Vital statistics of India. Vol. IV, Annual returns from 1871 to 1876. British Army of India, Native Army and jails of Bengal
Year: 1871
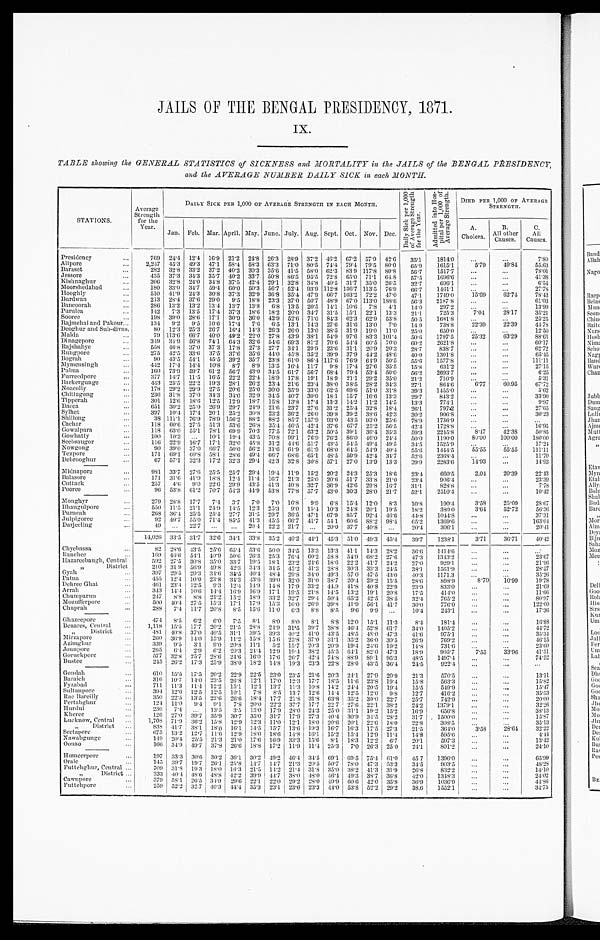
JAILS OF THE BENGAL PRESIDENCY, 1871.
Ix.
TABLE showing the GENERAL STATISTICS of SICKNESS and MORTALITY in the JAILS of the BENGAL PRESIDENCY,
and the AVERAGE NUMBER DAILY SICK in each MONTH.
STATIONS.
A v e r a g e S t r e n g t h f o r t h e y e a r .
D A I L Y S I C K P E R 1 , 0 0 0 O F A V E R A G E S T R E N G T H I N E A C H M O N T H .
D a i l y S i c k p e r 1 , 0 0 0 o f A v e r a g e S t r e n g t h f o r t h e Y e a r .
A d m i t t e d i n t o H o s p i t a l p e r 1 , 0 0 0 o f A v e r a g e S t r e n g t h .
DIED PER 1,OOO OF AVERAGE STRENGTH.
J a n .Feb. Mar. April.May.
June.
July.
A u g .
Sept.
O c t .Nov. Dec.
A.
cholera.
B.
A l l o t h e r C a u s e s .
C.
Causes.
Presidency
. . .
7 6 9
2 4 . 4
12.4 16.9 21.2 24.8 26.3
2 8 . 9
3 7 . 2
4 6 . 2
6 7 . 2
57.9 42.6 35.1
1 8 1 4 . 0
. . .
. . .
7.80
Alipore
. . .
2 , 2 4 7
4 5 . 3
49.3 47.1 58.4 58.3 63.3
7 1 . 0
8 0 . 5
7 4 . 4
7 9 . 4
79.5 80.0 65.9
1 6 1 5 . 1
5 . 7 9
4 9 . 8 4
55.63
Baraset
. . .
2 8 2
3 2 . 8
33.2 37.2 40.2 30.3 35.6
4 1 . 5
5 8 . 0
6 2 . 3
8 3 . 9
117.8 80.8 56.7
1 5 1 7 7
. . .
. . .
78.01
Jessore
. . .
4 3 5
3 7 . 3
34.3 35.7 40.2 33.7 50.8
8 6 . 5
9 5 . 5
7 2 . 8
6 5 . 0
71.1 64.8 57.5
1 6 9 6 . 6
. . .
. . .
41.38
Kishnaghur
. . .
3 0 6
3 2 . 8
24.0 34.8 37.5 42.4 29.1
3 2 . 8
3 4 . 8
4 0 . 5
3 1 . 7
35.0 26.5 32.7
6 9 6 . 1
. . .
. . .
6.54
Moorshedabad
. . .
1 8 0
3 3 . 0
34.7 59.4 60.0 50.3 56.7
5 2 . 4
9 3 . 9
1 1 2 . 8
1 3 6 . 7
113.5 76.9 66.7
1 4 6 1 . 1
. . .
. . .
27.78
Hooghly
. . .
5 1 0
4 1 . 9
24.3 30.8 37.3 32.9 36.8
3 5 . 4
4 7 . 9
6 6 . 7
1 0 3 . 2
72.2 47.0 47.1
1 7 4 9 . 0
1 5 . 6 9
6 2 . 4 7
78.43
Burdwan
. . .
2 1 3
2 8 . 4
37.6 29.0 9.5
18.8 23.3
3 7 . 0
5 0 . 7
4 8 . 9
6 7 . 0
113.0 188.6 56.3
2 1 8 7 . 8
. . .
. . .
61.03
Bancoorah
. . .
2 8 6
1 3 . 2
13.2 13.4 13.7 13.8 6.8
1 3 . 5
2 0 . 5
1 4 . 1
1 0 . 6
7.8 4.1
14.0
2 0 7 . 2
. . .
. . .
13.99
purulea
. . .
1 4 2
7 . 3
13.5 17.4 37.3 18.6 18.2
2 0 . 0
3 4 . 7
3 1 . 5
1 5 . 1
22.1 13.3 21.1
7 2 5 . 3
7 . 0 4
2 8 . 1 7
35.21
Sooree
. . .
1 9 8
3 9 . 0
28.6 17.1 30.9 36.0 42.9
5 2 . 6
7 1 . 0
8 4 . 3
6 2 . 3
62.9 53.8 50.5
1 6 8 1 . 8
. . .
. . .
25.25
Rajmchal and Pakour ...
1 3 4
9 . 2
9.5
10.6 17.4 7.6 6.5
1 3 . 1
1 4 . 3
2 4 . 6
3 1 . 6
13.0 7.0
14.9
7 3 8 . 8
2 2 . 3 9
2 2 . 3 9
44.78
Degohur and Sub-divns.
8 0
1 2 . 3
25.3 26.7 16.4 14.3 26.3
2 6 . 0
1 3 . 0
3 8 . 5
3 1 . 9
19.0 11.0 25.0
6 5 0 . 0
. . .
. . .
12.50
Malda
. . .
7 9
1 1 3 . 6
66.7 40.0 49.2 22.0 27.8
4 3 . 9
3 8 . 1
5 4 . 9
9 7 . 6
83.3 101.4 50.6
1 7 9 7 . 5
2 5 . 3 2
6 3 . 2 9
88.61
dingepore
. . .
3 4 9
3 4 . 9
56.8 74.1 64.3 32.6 54.6
6 9 . 3
8 1 . 2
7 0 . 6
5 4 . 4
60.5 70.0 60.2
2 6 2 1 . 8
. . .
. . .
60.17
Rajshahye
. . .
5 5 8
4 6 . 8
37.0 37.3 17.8 27.3 27.7
3 4 . 1
2 9 . 9
2 3 . 6
3 1 . 1
20.9 20.3 28.7
8 3 8 . 7
. . .
. . .
62.72
Rungpore
. . .
2 7 5
4 2 . 5
33.6 37.5 37.6 35.6 44.0
4 5 . 8
3 5 . 2
3 9 . 9
3 7 . 9
44.2 48.6 40.0
1 3 0 1 . 8
. . .
. . .
65.45
Bograh
. . .
9 0
4 3 . 5
54.1 45.5 39.2 35.7 23.8
6 1 . 0
8 6 . 4
1 1 7 . 6
7 6 . 9
64.9 50.5 55.6
1 5 7 7 . 8
. . .
. . .
111.11
Mymensigh
. . .
4 4 2
1 7 . 4
14.4 10.8 8.7
8.9 13.5
1 6 . 4
1 1 . 7
9 . 8
1 7 . 4
27.6 35.5 15.8
6 3 1 . 2
. . .
. . .
27.15
Pubna
. . .
1 6 0
7 3 . 9
59.7 61.2 56.7 43.0 34.5
6 1 . 7
5 6 . 7
6 8 . 4
7 9 . 4
53.4 50.0 56.2
2 6 9 3 . 7
. . .
. . .
6.25
Furreedpore
. . .
3 7 7
1 4 . 7
11.5 16.5 22.2 22.4 18.9
1 7 . 8
1 9 . 1
1 8 . 9
2 1 . 1
29.2 35.0 21.2
7 1 0 . 9
. . .
. . .
5.31
Backergunge
. . .
4 4 3
2 5 . 5
22.2 19.3 28.1 26.2 23.4
2 1 . 6
2 3 . 4
3 8 . 0
3 8 . 5
28.2 34.3 27.1
8 6 4 . 6
6 . 7 7
6 0 . 9 5
67.72
Noacolly
. . .
1 7 8
2 0 . 2
29.9 275 20.6 25.0 30.0
3 5 . 9
3 3 . 0
6 2 . 5
6 9 . 6
51.0 31.8 39.3
1 4 5 5 . 0
. . .
. . .
5.62
Chittagong
. . .
2 3 6
3 1 . 8
37.0 34.3 34.0 32.9 34.5
4 0 . 7
3 0 . 0
1 8 . 1
1 5 . 7
16.6 13.3 29.7
8 4 3 . 2
. . .
. . .
33.90
Tipperah
. . .
3 0 1
1 2 . 6
18.6 12.5 12.9 18.7 15.8
1 3 . 8
1 7 . 4
1 3 . 3
1 4 . 2
11.2 14.5 13.3
7 7 4 . 1
. . .
. . .
9.97
Dacca
. . .
6 5 1
3 0 . 2
25.0 26.9 29.7 24.9 21.6
2 3 . 7
2 7 . 6
3 1 . 2
2 5 . 4
32.8 18.4 26.1
7 9 7 . 2
. . .
. . .
27.65
Sylhet
. . .
3 9 7
1 0 . 4
17.4 20.1 25.2 30.8 23.2
3 6 . 2
2 6 . 0
3 9 . 8
3 9 . 2
38.6 42.3 30.2
9 0 6 . 8
. . .
. . .
30.23
Shillong
. . .
3 8
1 1 1 . 1
76.9 78.9 156.2 88.2 88.2
8 5 . 7
1 5 7 . 9
9 3 . 0
4 3 . 5
93.0 25.6 78.9
1 7 3 6 . 9
. . .
. . .
...
Cachar
. . .
1 1 8
6 0 . 6
27.5 51.3 53.6 26.8 35.4
4 6 . 5
4 2 . 4
3 7 . 6
6 7 . 7
25.2 56.5 442.4
1 7 2 8 . 8
. . .
. . .
1 6 . 9 5
Gowalpara
. . .
1 1 8
6 3 . 0
55.1 78.1 69.9 70.3 77.5
7 2 . 1
6 3 . 2
5 0 . 5
3 9 . 1
36.4 35.3 59.3
2 2 4 5 . 8
8 . 4 7
4 2 . 8 3
50.85
Gowhatty
. . .
1 0 0
1 0 . 3
...
10.1 19.4 43.5 70.8
9 9 . 1
7 6 . 9
7 6 . 2
8 6 8 . 0
46.0 24.4 50.0
1 1 9 0 . 0
8 0 . 0 0
1 0 0 . 0 0
180.00
Seebsaugor
. . .
1 1 6
2 2 . 9
16.7 17.1 32.0 45.8 31.2
4 4 . 6
5 1 . 7
4 3 . 5
5 4 . 5
49.4 49.5 34.5
1 5 2 5 . 9
. . .
. . .
17.24
Nowgong
. . .
9 0
3 9 . 0
37.0 66.7 50.0 56.2 31.6
6 1 . 9
6 1 . 9
6 8 . 0
6 4 . 5
54.9 40.4 55.6
1 4 4 4 . 5
5 5 . 5 5
5 5 . 5 5
111.11
Tezpore
. . .
1 7 1
6 9 . 1
60.8 58.1 28.6 49.4 66.7
6 8 . 6
6 5 . 1
4 8 . 5
5 9 . 9
42.4 34.7 52.6
2 3 6 8 . 4
. . .
. . .
11.70
Debrooghur
. . .
6 7
5 7 . 1
32.3 17.2 32.3 29.4 42.3
3 2 . 8
3 0 . 8
5 7 . 1
2 7 . 0
13.9 13.3 29.9
2 2 8 3 . 6
1 4 . 9 3
. . .
14.93
Midnapore
. . .
9 8 1
3 3 . 7
27.6 25.5 25.7 29.4 19.4
1 1 . 9
1 5 . 2
2 0 . 2
2 4 . 3
25.3 18.6 23.4
6 6 0 . 5
2 . 0 4
2 0 . 3 9
22.43
Balasore
. . .
1 7 1
3 1 . 6
41.9 18.8 12.4 11.4 16.7
2 1 . 3
2 5 . 0
2 0 . 6
5 1 . 7
33.8 21.0 23.4
9 0 6 . 4
. . .
. . .
23.39
Cuttack
. . .
2 5 7
4 . 6
9.0
22.6 29.9 43.5 41.3
4 0 . 8
3 2 . 7
3 6 . 9
4 2 . 6
29.8 16.7 31.1
8 2 8 . 8
. . .
. . .
7.78
Pooree
. . .
9 6
5 3 . 8
61.2 70.7 54.3 44.9 53.8
7 7 . 8
5 7 . 7
4 3 . 0
3 0 . 3
28.0 21.7 52.1
2 5 0 1 . 4
. . .
. . .
10.42
Monghyr
. . .
2 7 9
2 8 . 8
17.7 7.4
3.7
7.0 7.0
1 6 . 8
9 . 9
6 . 8
1 5 . 4
12.0 8.3
10.8
1 9 0 . 4
3 . 5 8
2 5 . 0 9
28.67
Bhaugulpore
. . .
5 5 0
1 1 . 5
21.1 24.9 14.5 12.3 25.3
9 . 0
1 5 . 4
1 0 . 3
2 4 . 8
20.1 19.5 18.2
3 8 0 . 0
3 . 6 4
5 2 . 7 2
56.36
purneah
. . .
2 6 8
3 6 . 4
25.5 25.4 27.7 31.5 29.7
3 6 . 5
4 7 . 1
6 7 . 9
8 5 . 7
92.4 46.6 44.8
1 0 4 4 . 8
. . .
. . .
37.31
Julpigoree
. . .
9 2
4 0 . 7
55.0 71.4 85.5 41.3 45.5
6 6 . 7
4 1 . 7
5 4 . 1
6 0 . 6
88.2 98.4 65.2
1 3 6 9 . 6
. . .
. . .
16304
Darjeeling
. . .
4 9
. . .
22.7 ...
...
20.4 22.2
2 1 . 7
. . .
2 0 . 0
3 7 . 7
40.8 ...
20.4
3 0 6 . 1
. . .
. . .
20.41
1 4 . 0 2 6
3 3 . 5
31.7 32.6 34.1 33.8 35.2
4 0 . 2
4 4 . 1
4 5 . 3
5 1 . 0
49.3 45.4 39.7
1 2 3 8 . 1
3 . 7 1
3 6 . 7 1
40.42
Chyebassa
. . .
8 2
2 8 . 6
43.5 25.6 65.4 53.6 50.0
3 4 . 5
1 3 . 3
1 3 . 3
4 1 . 1
14.3 28.2 36.6
1 4 1 4 . 6
. . .
. . .
...
Ranchee
. . .
1 6 9
4 6 . 6
54.1 40.0 50.6 26.3 25.3
7 6 . 4
6 0 . 2
5 8 . 8
5 4 . 9
68.2 27.6 47.3
1 3 4 3 . 2
. . .
. . .
23.67
Hazareebaugh, Central
5 9 2
2 7 . 5
30.8 35.0 33.7 19.5 18.1
2 3 . 2
2 4 . 6
1 8 . 6
2 2 . 2
41.7 24.2 27.0
9 2 9 . 1
. . .
. . .
21.96
,,
District
2 1 0
3 1 . 9
56.9 49.8 42.3 34.3 34.5
4 5 . 2
4 1 . 3
2 8 . 8
3 0 . 3
33.3 24.5 38.1
1 5 6 1 . 9
. . .
. . .
28.57
Gyah
. . .
3 9 7
2 9 . 5
29.3 34.6 34.5 40.4 48.4
2 9 . 8
3 4 . 0
4 9 . 3
5 7 . 0
47.5 43.0 40.3
1 1 7 1 3 . 3
. . .
. . .
35.26
Patna
. . .
4 5 5
1 2 . 4
10.0 23.8 34.3 43.6 39.0
3 2 . 0
3 1 . 0
3 8 . 7
2 0 . 4
29.2 15.5 28.6
8 9 8 . 9
8 . 7 9
1 0 . 9 9
19.78
Dehree Ghat
. . .
4 6 1
2 3 . 4
12.5 9.3
12.4 14.9 14.8
1 7 . 9
3 3 . 2
4 4 . 9
4 1 . 8
40.8 22.9 23.9
8 3 3 . 0
. . .
. . .
21.69
Arrah
. . .
3 4 3
1 4 . 4
10.6 14.4 16.9 16.9 17.1
1 9 . 5
2 1 . 8
1 4 . 5
1 3 . 2
19.1 20.8 17.5
4 1 4 . 0
. . .
. . .
11.66
Chumparum
. . .
2 4 7
8 . 8
8.8
21.2 15.2 18.9 33.2
3 2 . 7
2 9 . 4
5 0 . 4
6 5 . 2
42.5 38.5 32.4
7 6 5 . 2
. . .
. . .
80.97
Mozufferpore
. . .
5 0 0
4 0 . 4
27.5 15.3 17.1 17.9 15.3
1 6 . 0
2 6 . 9
3 9 . 8
4 1 . 9
56.1 41.7 30.0
7 7 6 . 0
. . .
. . .
122.00
Chuprah
. . .
2 8 8
7 . 4
11.7 20.8 8.5
15.6 11.0
6 . 3
8 . 8
8 . 5
9 . 6
9.9 ...
10.4
2 4 3 . 1
. . .
. . .
17.36
Ghazeepore
. . .
4 7 4
8 . 5
6.2
6.0
7.5
8.1 8.0
8 . 0
8 . 1
8 . 8
1 2 . 0
15.1 11.3 8.4
1 8 1 . 4
. . .
. . .
16.88
Benares, central
. . .
1 , 1 1 8
1 5 . 5
17.7 20.2 21.5 28.8 24.9
3 1 . 5
3 9 . 7
3 8 . 8
4 6 . 4
52.8 61.7 34.0
1 4 0 5 . 2
. . .
. . .
44.72
,, District
. . .
4 8 1
4 0 . 8
37.0 40.5 31.1 39.5 39.3
4 0 . 2
4 1 . 0
4 3 . 5
4 8 . 5
48.0 47.3 41.6
9 7 5 . 1
. . .
. . .
35.34
Mirzapore
. . .
2 6 0
3 6 . 9
14.0 15.9 11.2 15.8 15.6
2 5 . 8
3 7 . 0
3 1 . 1
3 5 . . 2
36.0 30.5 26.9
7 6 9 . 2
. . .
. . .
46.15
Azimghur
. . .
3 3 9
9 . 5
3.1
9.0
20.8 11.1 5.2
1 5 . 7
2 0 . 3
2 0 . 9
1 9 . 4
24.6 19.2 14.8
7 3 1 . 6
. . .
. . .
23.60
Jounapore
. . .
2 6 5
6 . 4
2.9
6.2
20.3 24.4 12.9
1 9 . 4
3 8 . 2
4 5 . 5
6 4 . 1
82.0 47.3 18.0
9 0 5 . 7
7 . 5 5
3 3 . 9 6
41.51
Goruckpore
. . .
5 7 7
3 2
. 8
25.7 28.6 24.6 16.0 17.6
2 6 . 7
4 2 . 4
7 4 . 8
8 8 . 9
89.1 95.3 48.5
1 4 9 7 . 4
. . .
. . .
74.52
Bustec
. . .
2 4 5
2 6 . 2
17.3 25.9 38.0 18.2 14.8
1 9 . 3
2 3 . 3
2 2 . 8
2 8 . 0
43.5 36.4 24.5
9 2 2 . 4
. . .
. . .
...
Gondah
. . .
6 1 0
1 5 . 5
17.5 20.2 22.9 22.5 23.0
2 3 . 5
2 1 . 6
2 0 . 3
2 4 . 1
27.9 20.9 21.3
5 7 0 . 5
. . .
. . .
13.11
Baraich
. . .
3 1 6
1 0 . 7
14.0 23.5 26.8 12.1 17.0
1 2 . 3
1 7 . 7
1 8 . 5
1 1 . 6
23.8 19.4 15.8
5 6 3 . 3
. . .
. . .
15.82
Fyzabad
. . .
7 1 1
1 1 . 3
11.4 12.2 15.1 12.1 13.7
1 1 . 3
1 0 . 8
1 4 . 2
2 4 . 4
20.5 19.4 15.5
5 4 9 . 9
. . .
. . .
15.47
Sultanpore
. . .
3 9 4
1 2 . 6
12.5 12.5 10.1 7.8 8.5
1 3 . 7
1 2 . 6
1 4 . 4
1 2 . 5
12.0 9.8
12.7
4 1 6 . 2
. . .
. . .
35.53
Rae Bareilly
. . .
3 5 0
2 2 . 5
13.5 22.6 26.6 18.4 17.7
2 1 . 8
3 1 . 8
6 3 . 8
3 5 . 2
30.0 22.7 25.7
7 4 2 . 9
. . .
. . .
20.00
pertabghur
. . .
1 2 4
1 1 . 0
9.4
9.1
7.8
20.0 22.2
3 7 . 7
1 7 . 7
2 2 . 7
2 7 . 6
22.1 38.2 24.2
1 3 7 9 . 1
. . .
. . . .
32.26
Hurdui
. . .
2 3 6
7 . 4
...
13.5 3.5
13.0 17.9
2 8 . 0
2 4 . 3
2 5 . 0
3 1 . 1
19.2 15.2 16.9
6 5 6 . 8
. . .
. . .
38.13
Kheree
. . .
1 2 6
2 7 . 0
39.7 35.9 30.7 35.0 31.7
1 7 . 9
2 7 . 3
4 0 . 4
3 0 . 9
34.5 28.2 31.7
1 5 0 0 . 0
. . .
. . .
15.87
Lucknow Central
. . .
1 , 7 0 8
7 1 . 9
36.2 15.8 12.9 12.3 11.0
1 2 . 1
1 8 . 0
2 0 . 6
2 0 . 1
22.6 18.0 22.8
3 0 8 . 5
. . .
. . .
35.13
,, District
. . .
8 3 8
4 1 . 7
38.1 18.0 16.1 14.5 15.7
1 3 . 6
1 9 . 3
1 6 . 7
1 6 . 3
17.5 27.3 21.5
3 6 4 . 0
3 . 5 8
2 8 . 6 4
32.22
Sectapore
. . .
6 7 5
1 3 . 2
12.7 11.6 12.9 18.0 18.6
1 4 . 8
1 6 . 1
1 5 . 2
1 5 . 4
12.9 11.4 14.8
5 9 5 . 6
. . .
. . .
4.44
Nawabgungo
. . .
1 4 9
2 0 . 4
25.5 21.3 21.0 17.6 16.9
3 3 . 3
1 5 . 6
8 . 1
1 8 . 3
12.2 6.7
20.1
5 9 7 . 3
. . .
. . .
13.42
Oonao
. . .
1 6 6
3 4 . 9
49.7 37.8 26.6 18.8 17.2
1 1 . 9
1 1 . 4
2 5 . 3
7 . 0
26.3 25.0 24.1
8 0 1 . 2
. . .
. . .
24.10
Humeerpore
. . .
1 9 7
3 3 . 3
30.6 30.2 36.1 30.2 49.2
4 6 . 4
3 4 . 5
6 9 . 1
6 9 . 5
75.4 61.0 45.7
1 3 9 6 . 0
. . .
. . .
65.99
Oraic
. . .
1 4 5
3 9 . 7
19.7 26.1 25.8 14.7 14.7
2 1 . 3
2 0 . 5
5 0 . 7
7 8 . 0
47.3 58.3 34.5
9 0 3 . 5
. . .
. . .
48.28
Futtehghur, Central ...
7 0 9
3 1 . 8
19.3 18.0 16.3 21.5 14.2
2 1 . 4
3 1 . 8
3 5 . 0
3 8 . 2
41.3 31.9 26.8
8 3 2 . 2
. . .
. . .
14.10
, , D i s t r i c t . . .
3 3 3
4 0 . 4
48.6 48.8 42.2 39.9 44.7
3 8 . 0
4 8 . 0
4 6 . 4
4 9 . 3
38.7 36.8 42.0
1 3 4 8 . 3
. . .
. . .
24.02
Cawnpore
. . .
3 7 9
5 8 . 1
26.5 34.9 29.6 22.1 22.0
2 0 . 2
2 8 . 0
4 9 . 9
6 0 . 6
42.0 35.8 36.9
1 0 3 6 . 9
. . .
... 44.86
Futtchpore
. . .
2 5 9
5 2 . 2
32.7 40.3 44.4 35.3 23.1
2 3 . 6
2 3 . 3
4 4 . 0
5 3 . 8
52.2 29.2 38.6
1 5 5 2 . 1
. . .
. . .
34.75